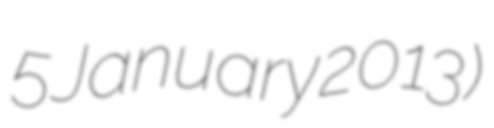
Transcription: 5 January 2013)